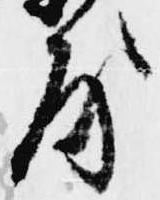
房